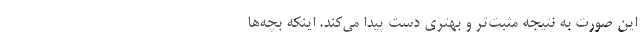
این صورت به نتیجه مثبت‌‌تر و بهتری دست پیدا می‌کند. اینکه بچه‌ها